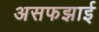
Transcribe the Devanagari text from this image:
असफझाई